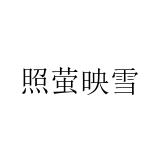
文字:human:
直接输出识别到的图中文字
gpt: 照萤映雪